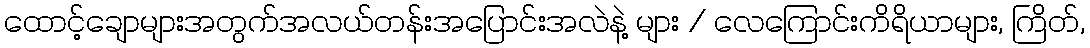
ထောင့်ချောများအတွက်အလယ်တန်းအပြောင်းအလဲနဲ့ များ / လေကြောင်းကိရိယာများ, ကြိတ်,